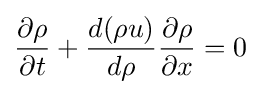
{\frac {\partial \rho }{\partial t}}+{\frac {d(\rho u)}{d\rho }}{\frac {\partial \rho }{\partial x}}=0